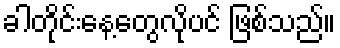
ခါတိုင်းနေ့တွေလိုပင် ဖြစ်သည်။